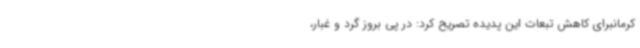
کرمانبرای کاهش تبعات این پدیده تصریح کرد: در پی بروز گرد و غبار،